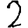
Digit: 2